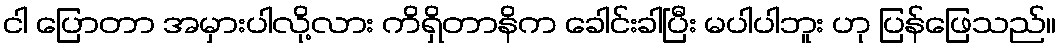
ငါ ပြောတာ အမှားပါလို့လား ကိရှိတာနိက ခေါင်းခါပြီး မပါပါဘူး ဟု ပြန်ဖြေသည်။